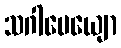
သဂါမေယျော